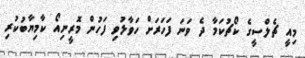
މިއީ ޗެލްސީގެ ކޯޗުކަމާ ދެ ވަނަ ފަހަރަށް ހަވާލުވި ފަހުން މޮރީނިއޯ ކާމިޔާބުކުރި